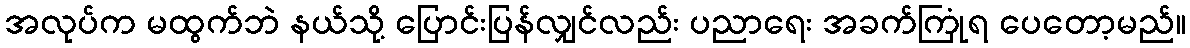
အလုပ်က မထွက်ဘဲ နယ်သို့ ပြောင်းပြန်လျှင်လည်း ပညာရေး အခက်ကြုံရ ပေတော့မည်။